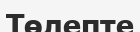
Төлепте